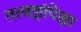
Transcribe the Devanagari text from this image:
तत्वज्ञांपेक्षा